Elephants and their diseases
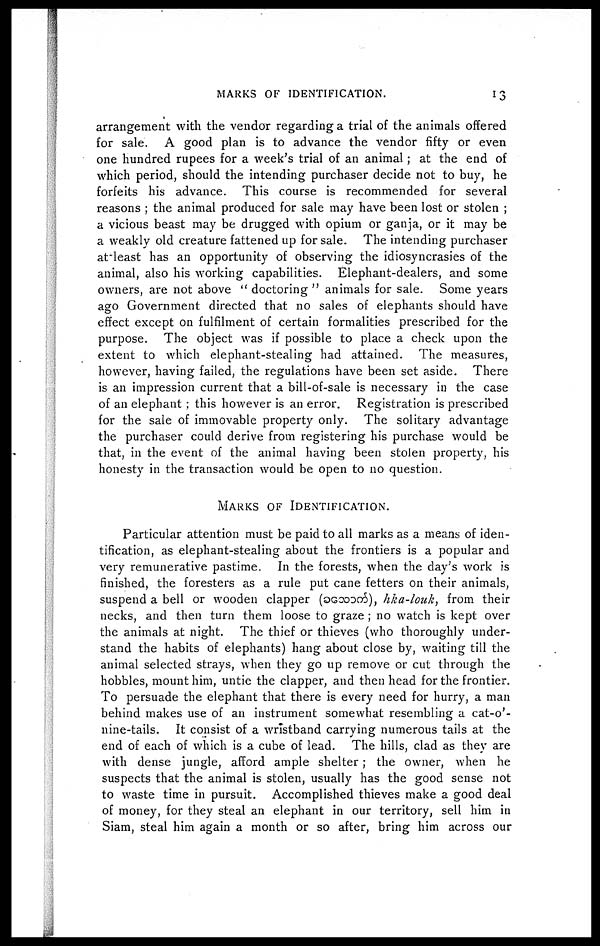
MARKS OF IDENTIFICATION.
13
arrangement with the vendor regarding a trial of the animals offered
for sale. A good plan is to advance the vendor fifty or even
one hundred rupees for a week's trial of an animal; at the end of
which period, should the intending purchaser decide not to buy, he
forfeits his advance. This course is recommended for several
reasons ; the animal produced for sale may have been lost or stolen ;
a vicious beast may be drugged with opium or ganja, or it may be
a weakly old creature fattened up for sale. The intending purchaser
atleast has an opportunity of observing the idiosyncrasies of the
animal, also his working capabilities. Elephant-dealers, and some
owners, are not above "doctoring" animals for sale. Some years
ago Government directed that no sales of elephants should have
effect except on fulfilment of certain formalities prescribed for the
purpose. The object was if possible to place a check upon the
extent to which elephant-stealing had attained. The measures,
however, having failed, the regulations have been set aside. There
is an impression current that a bill-of-sale is necessary in the case
of an elephant ; this however is an error. Registration is prescribed
for the sale of immovable property only. The solitary advantage
the purchaser could derive from registering his purchase would be
that, in the event of the animal having been stolen property, his
honesty in the transaction would be open to no question.
MARKS OF IDENTIFICATION.
Particular attention must be paid to all marks as a means of iden-
tification, as elephant-stealing about the frontiers is a popular and
very remunerative pastime. In the forests, when the day's work is
finished, the foresters as a rule put cane fetters on their animals,
suspend a bell or wooden clapper (
), hka-louk, from their
necks, and then turn them loose to graze ; no watch is kept over
the animals at night. The thief or thieves (who thoroughly under-
stand the habits of elephants) hang about close by, waiting till the
animal selected strays, when they go up remove or cut through the
hobbles, mount him, untie the clapper, and then head for the frontier.
To persuade the elephant that there is every need for hurry, a man
behind makes use of an instrument somewhat resembling a cat-o'-
nine-tails. It consist of a wristband carrying numerous tails at the
end of each of which is a cube of lead. The hills, clad as they are
with dense jungle, afford ample shelter; the owner, when he
suspects that the animal is stolen, usually has the good sense not
to waste time in pursuit. Accomplished thieves make a good deal
of money, for they steal an elephant in our territory, sell him in
Siam, steal him again a month or so after, bring him across our